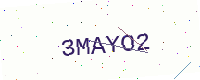
Text: 3MAYO2